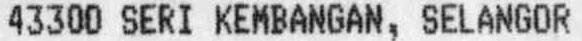
43300 SERI KEMBANGAN, SELANGOR